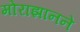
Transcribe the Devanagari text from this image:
मोराझानने